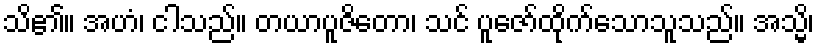
သိ၏။ အဟံ၊ ငါသည်။ တယာပူဇိတော၊ သင် ပူဇော်ထိုက်သောသူသည်။ အသ္မိ၊